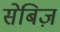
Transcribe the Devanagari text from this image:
सेबिज़